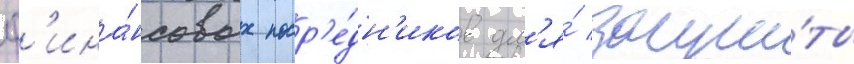
ф'ина́нсовых поср'е́дн'иков дл'я́ защи́ты